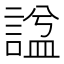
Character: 諡